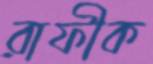
রাফীক